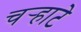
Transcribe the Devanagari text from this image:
चर्‍हाटे